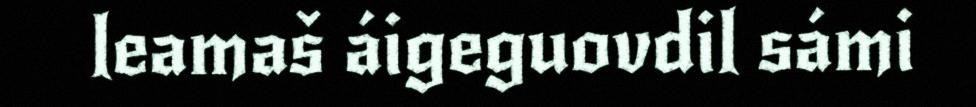
leamaš áigeguovdil sámi